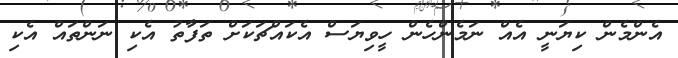
އެންމެން ކިޔަނީ އެއް ނަމެންހެން ހީވިޔަސް އެކައްޗަކަށް ތަފާތު އެކި ނަންތައް އެކި